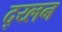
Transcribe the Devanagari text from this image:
द्य्लन